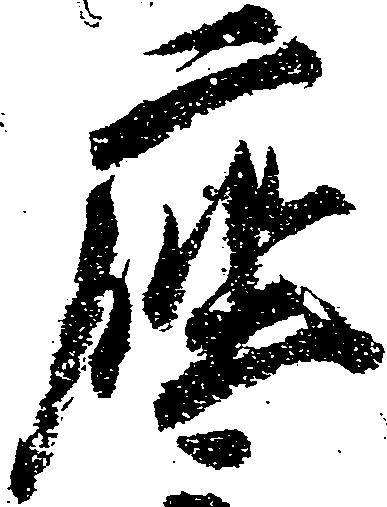
座